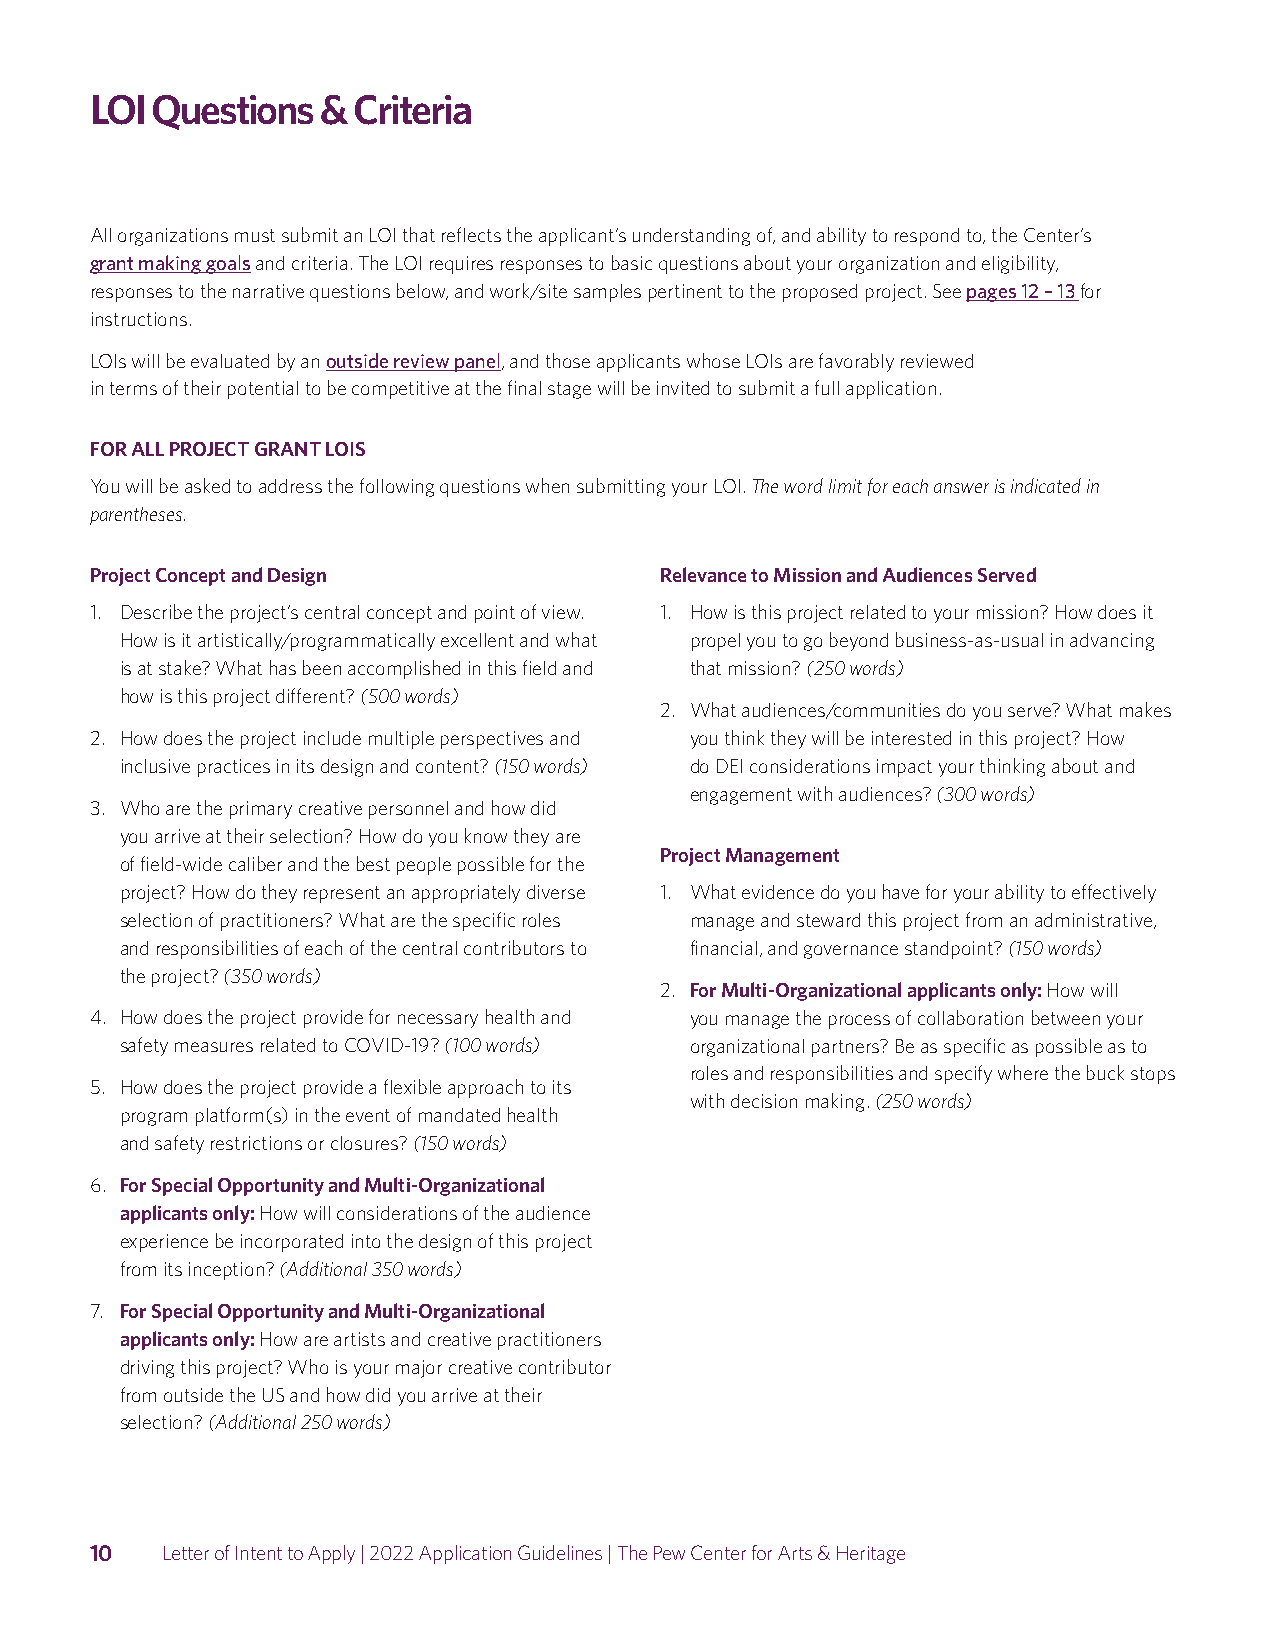
LOI Questions  & Criteria
 All organizations must submit an LOI that reflects the applicant’s understanding of, and ability to respond to, the Center’s
 grant making goals and criteria. The LOI requires responses to basic questions about your organization and eligibility,
 responses to the narrative questions below, and work/site samples pertinent to the proposed project. See pages 12 – 13 for
 instructions.
 LOIs will be evaluated by an outside review panel, and those applicants whose LOIs are favorably reviewed
 in terms of their potential to be competitive at the final stage will be invited to submit a full application.
 FOR ALL PROJECT GRANT LOIS
 You will be asked to address the following questions when submitting your LOI. The word limit for each answer is indicated in
 parentheses.
 Project Concept and Design            Relevance to Mission and Audiences Served
 1. Describe the project’s central concept and point of view. 1. How is this project related to your mission? How does it
 How is it artistically/programmatically excellent and what propel you to go beyond business-as-usual in advancing
 is at stake? What has been accomplished in this field and that mission? (250 words)
 how is this project different? (500 words)
 2. What audiences/communities do you serve? What makes
 2. How does the project include multiple perspectives and you think they will be interested in this project? How
 inclusive practices in its design and content? (150 words) do DEI considerations impact your thinking about and
 engagement with audiences? (300 words)
 3. Who are the primary creative personnel and how did
 you arrive at their selection? How do you know they are
 Project Management
 of field-wide caliber and the best people possible for the
 project? How do they represent an appropriately diverse 1. What evidence do you have for your ability to effectively
 selection of practitioners? What are the specific roles manage and steward this project from an administrative,
 and responsibilities of each of the central contributors to financial, and governance standpoint? (150 words)
 the project? (350 words)
 2. F or Multi-Organizational applicants only: How will
 4. How does the project provide for necessary health and you manage the process of collaboration between your
 safety measures related to COVID-19? (100 words) organizational partners? Be as specific as possible as to
 roles and responsibilities and specify where the buck stops
 5. How does the project provide a flexible approach to its
 with decision making. (250 words)
 program platform(s) in the event of mandated health
 and safety restrictions or closures? (150 words)
 6. F or Special Opportunity and Multi-Organizational
 applicants only: How will considerations of the audience
 experience be incorporated into the design of this project
 from its inception? (Additional 350 words)
 7. F or Special Opportunity and Multi-Organizational
 applicants only: How are artists and creative practitioners
 driving this project? Who is your major creative contributor
 from outside the US and how did you arrive at their
 selection? (Additional 250 words)
 10   Letter of Intent to Apply | 2022 Application Guidelines | The Pew Center for Arts & Heritage